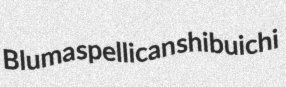
Bluma spellican shibuichi